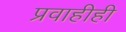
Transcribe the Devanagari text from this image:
प्रवाहीही